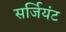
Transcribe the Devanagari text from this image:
सर्जियंट